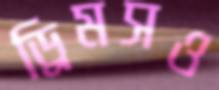
ড্রিমসও